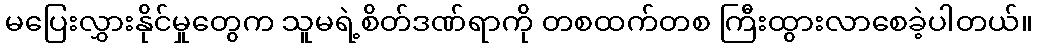
မပြေးလွှားနိုင်မှုတွေက သူမရဲ့စိတ်ဒဏ်ရာကို တစထက်တစ ကြီးထွားလာစေခဲ့ပါတယ်။